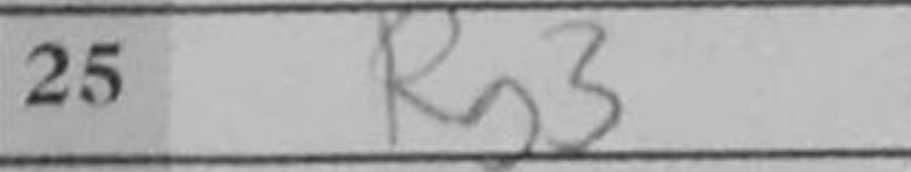
Transcription: Rg3